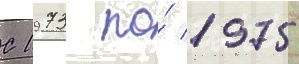
С 1973 по́ 1975